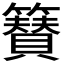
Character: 𮆫